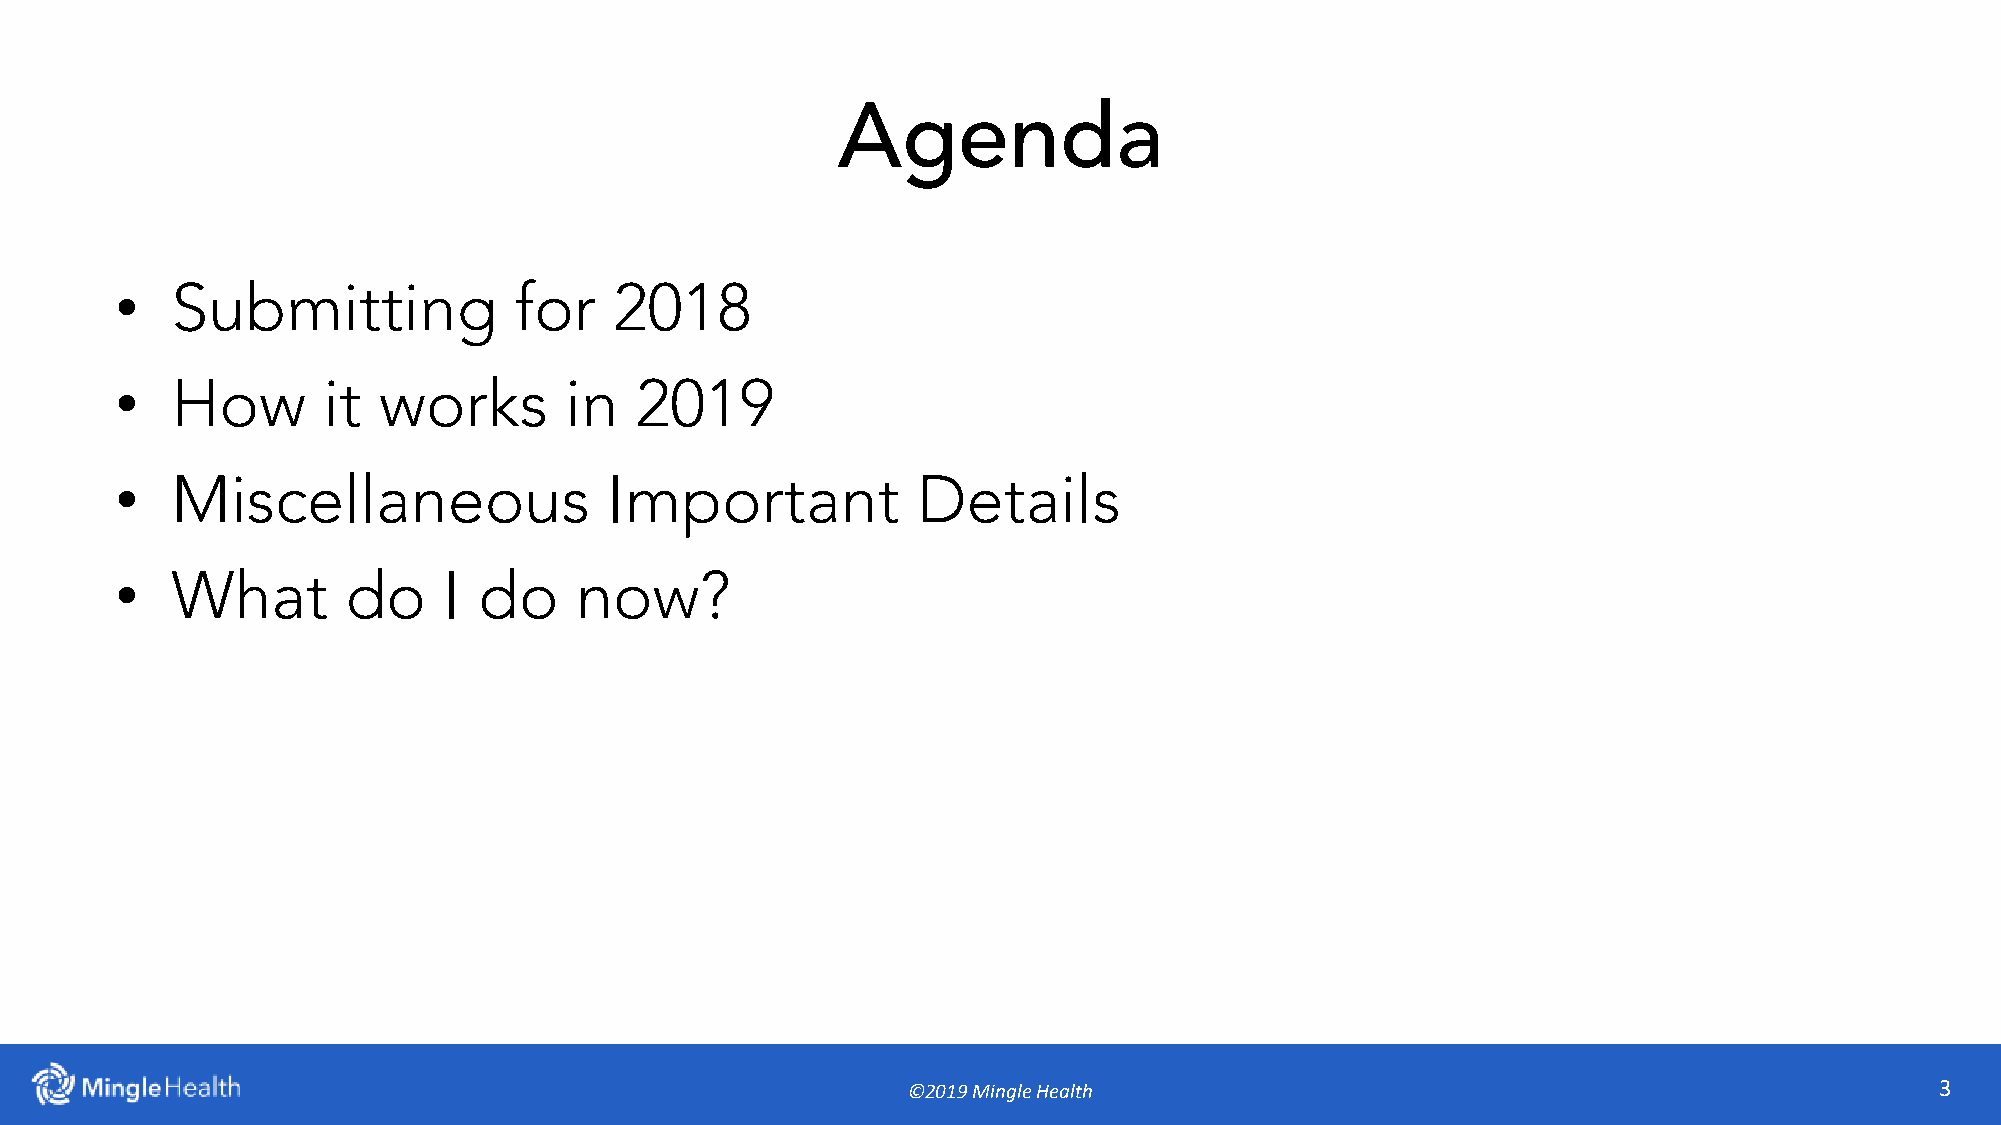
Agenda
 •
 Submitting             for    2018
 •
 How       it  works       in   2019
 •
 Miscellaneous                Important            Details
 •
 What        do    I  do    now?
 ©2019 Mingle Health                                                 3